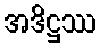
အဒိဋ္ဌဿ